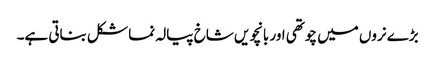
بڑے نروں میں چوتھی اور بانچویں شاخ پیالہ نما شکل بناتی ہے۔